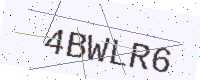
Text: 4BWLR6